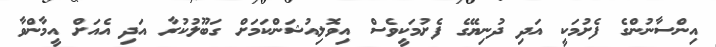
އިންސާނުންގެ ފެށުމަކީ އަދި ދުނިޔޭގެ ފެށުމަކީވެސް އިވޮލިއުޝަންކަމަށް ގަބޫލުކުރާ އަދި އެއަށް އީމާންވާ